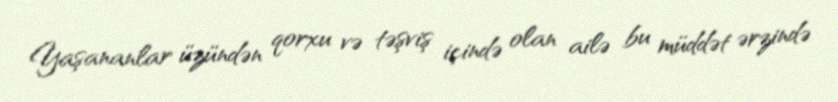
Yaşananlar üzündən qorxu və təşviş içində olan ailə bu müddət ərzində